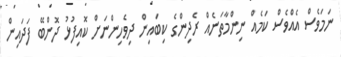
ނަމަވެސް އެއްވެސް ކަމެއް ނިންމާތަނެއް ރެދިންގެ ކިބައިން ދިވެހިންނަށް ކޮއިފުޅު ދޮންބޭ ފަދައިން